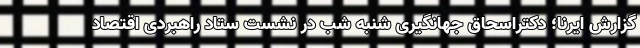
گزارش ایرنا؛ دکتراسحاق جهانگیری شنبه شب در نشست ستاد راهبردی اقتصاد